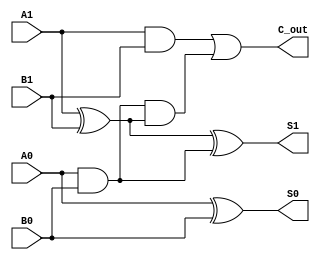
module cascaded_half_adder (
    input  wire A1,  // Higher order bit A
    input  wire A0,  // Lower order bit A
    input  wire B1,  // Higher order bit B
    input  wire B0,  // Lower order bit B
    output wire S1,   // Higher order sum output
    output wire S0,   // Lower order sum output
    output wire C_out // Final carry output
);

// Intermediate signals
wire C1; // Carry output from the first half-adder

// First Half-Adder (HA1)
assign S0 = A0 ^ B0;     // Sum output for HA1
assign C1 = A0 & B0;     // Carry output for HA1

// Second Half-Adder (HA2)
assign S1 = A1 ^ B1 ^ C1; // Sum output for HA2
assign C_out = (A1 & B1) | (C1 & (A1 ^ B1)); // Carry output for HA2

endmodule